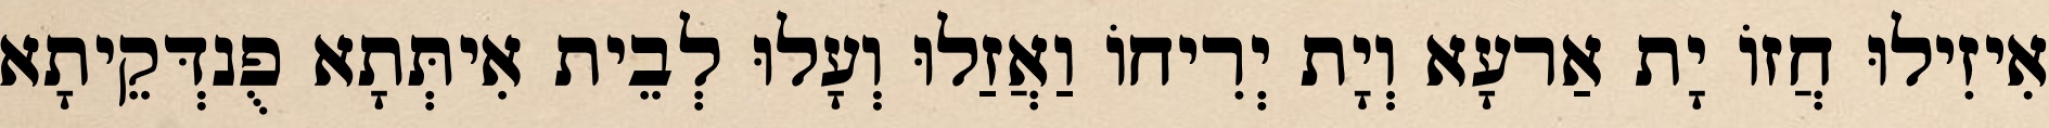
אִיזִילוּ חֲזוֹ יָת אַרעָא וְיָת יְרִיחוֹ וַאֲזַלוּ וְעָלוּ לְבֵית אִיתְּתָא פֻנדְּקֵיתָא